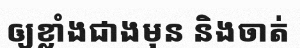
ឲ្យខ្លាំងជាងមុន និងចាត់